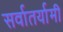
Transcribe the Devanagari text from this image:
सर्वातर्यामी